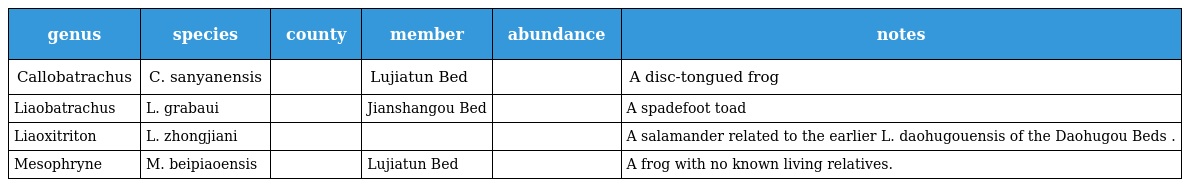
| genus | species | county | member | abundance | notes |
 | --- | --- | --- | --- | --- | --- |
 | Callobatrachus | C. sanyanensis |  | Lujiatun Bed |  | A disc-tongued frog |
 | Liaobatrachus | L. grabaui |  | Jianshangou Bed |  | A spadefoot toad |
 | Liaoxitriton | L. zhongjiani |  |  |  | A salamander related to the earlier L. daohugouensis of the Daohugou Beds . |
 | Mesophryne | M. beipiaoensis |  | Lujiatun Bed |  | A frog with no known living relatives. |